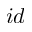
i d